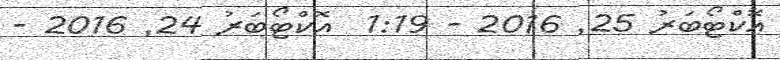
އޮކްޓޯބަރު 25